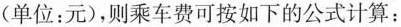
(单位：元)，则乘车费可按如下的公式计算：